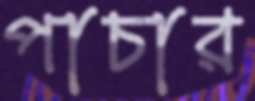
পাচার